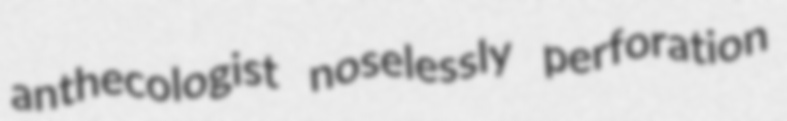
anthecologist noselessly perforation